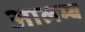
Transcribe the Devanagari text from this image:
आलम्ब